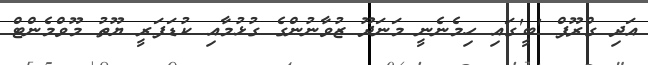
އަދި ގްރޫޕް 'ބީ'ގައި ހިމެނެނީ މަނަދޫ ޒުވާނުންގެ ގުޅުމާއި ކުޑަފަރީ ޔޫތު މޫވްމެންޓް